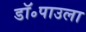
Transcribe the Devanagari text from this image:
डॉ॰पाउला